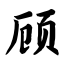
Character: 顾